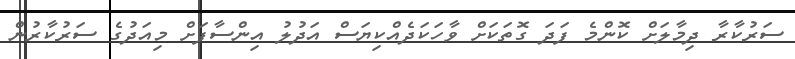
ސަރުކާރާ ދިމާލަށް ކޮންމެ ފަދަ ގޮތަކަށް ވާހަކަދެއްކިޔަސް އަދުލު އިންސާފަށް މިއަދުގެ ސަރުކާރުން